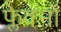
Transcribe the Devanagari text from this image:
फ्लेक्नों